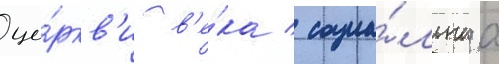
це́ркв'и в'е́ка / социа́льнаа